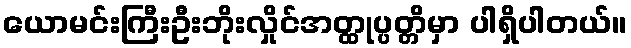
ယောမင်းကြီးဦးဘိုးလှိုင်အတ္ထုပ္ပတ္တိမှာ ပါရှိပါတယ်။